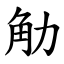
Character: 觔